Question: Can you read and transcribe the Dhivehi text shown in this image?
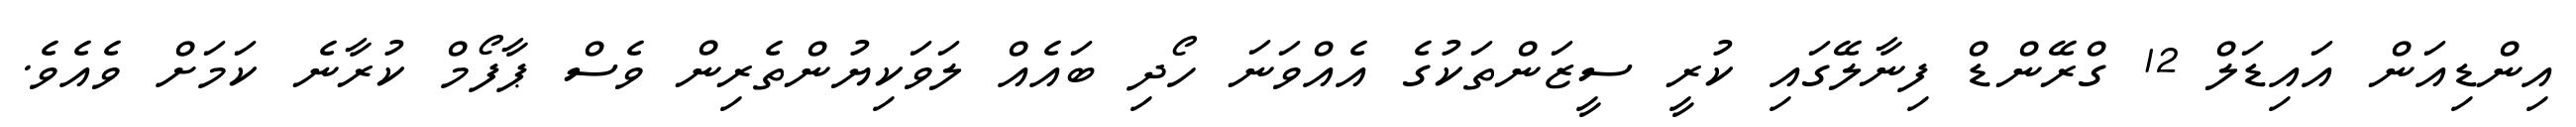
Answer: އިންޑިއަން އައިޑަލް 12 ގްރޭންޑް ފިނާލޭގައި ކުރީ ސީޒަންތަކުގެ އެއްވަނަ ހޯދި ބައެއް ލަވަކިޔުންތެރިން ވެސް ޕާފޯމް ކުރާނެ ކަމަށް ވެއެވެ.